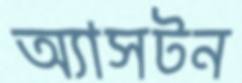
অ্যাসটন